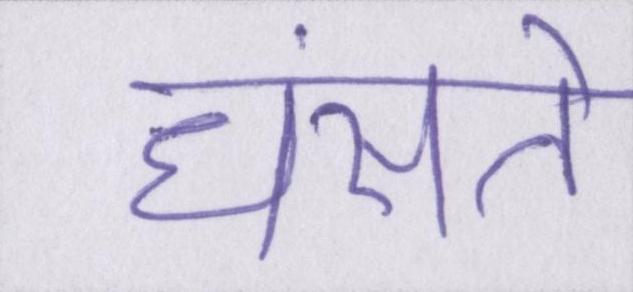
धंसते